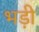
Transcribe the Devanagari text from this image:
भड़ी